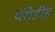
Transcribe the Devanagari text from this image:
पॅरोडीड